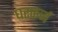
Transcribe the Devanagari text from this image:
घरकर्ज